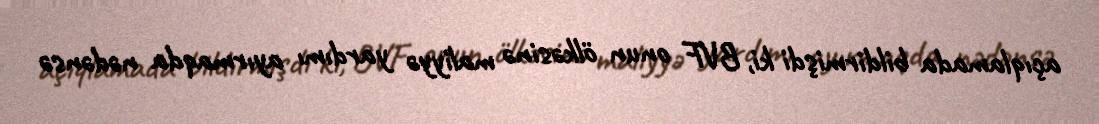
açıqlamada bildirmişdi ki, BVF onun ölkəsinə maliyyə yardımı ayırmaqda nədənsə